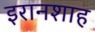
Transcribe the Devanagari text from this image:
इरानशाह